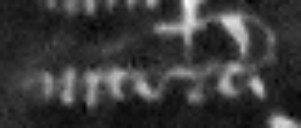
vit etc.